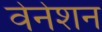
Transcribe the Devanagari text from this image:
वेनेशन